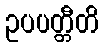
ဥပပတ္တီတိ